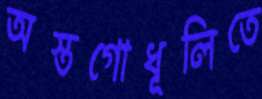
অস্তগোধূলিতে